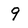
Character: 9